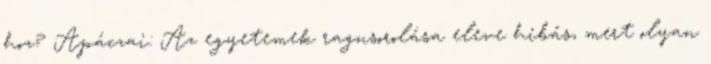
hoz? Apáczai: Az egyetemek ragnsorolása eleve hibás, mert olyan